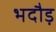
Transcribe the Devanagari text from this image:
भदौड़